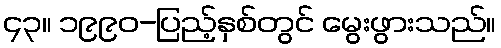
၄၃။ ၁၉၉၀-ပြည့်နှစ်တွင် မွေးဖွားသည်။